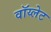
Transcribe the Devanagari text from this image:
वॉय्लेट